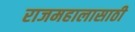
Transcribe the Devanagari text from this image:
राजमहालासाठी